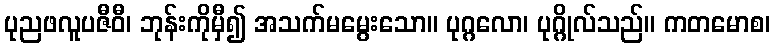
ပုညဖလူပဇီဝီ၊ ဘုန်းကိုမှီ၍ အသက်မမွေးသော။ ပုဂ္ဂလော၊ ပုဂ္ဂိုလ်သည်။ ကတမောစ၊